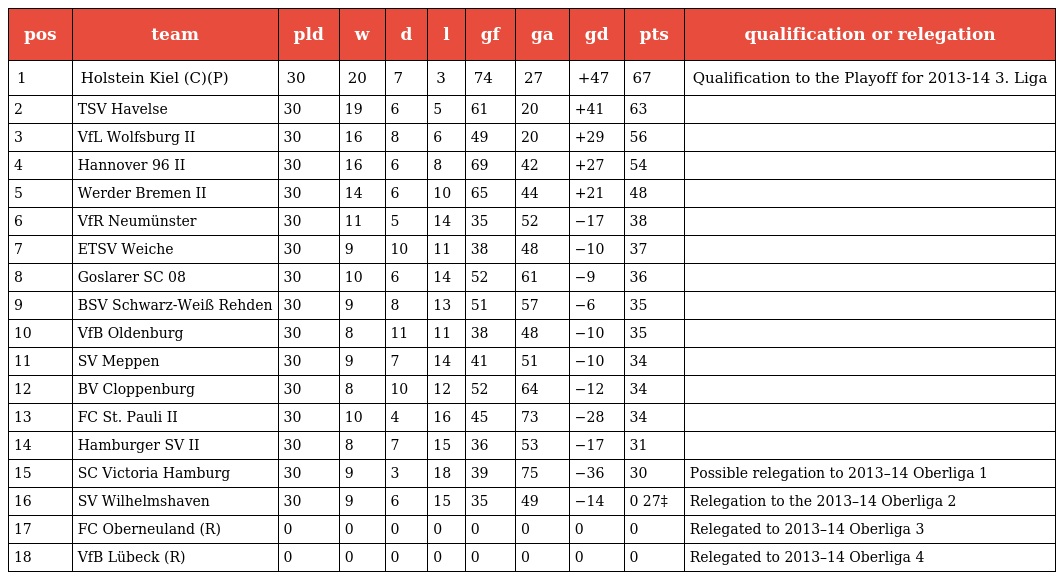
| pos | team | pld | w | d | l | gf | ga | gd | pts | qualification or relegation |
 | --- | --- | --- | --- | --- | --- | --- | --- | --- | --- | --- |
 | 1 | Holstein Kiel (C)(P) | 30 | 20 | 7 | 3 | 74 | 27 | +47 | 67 | Qualification to the Playoff for 2013-14 3. Liga |
 | 2 | TSV Havelse | 30 | 19 | 6 | 5 | 61 | 20 | +41 | 63 |  |
 | 3 | VfL Wolfsburg II | 30 | 16 | 8 | 6 | 49 | 20 | +29 | 56 |  |
 | 4 | Hannover 96 II | 30 | 16 | 6 | 8 | 69 | 42 | +27 | 54 |  |
 | 5 | Werder Bremen II | 30 | 14 | 6 | 10 | 65 | 44 | +21 | 48 |  |
 | 6 | VfR Neumünster | 30 | 11 | 5 | 14 | 35 | 52 | −17 | 38 |  |
 | 7 | ETSV Weiche | 30 | 9 | 10 | 11 | 38 | 48 | −10 | 37 |  |
 | 8 | Goslarer SC 08 | 30 | 10 | 6 | 14 | 52 | 61 | −9 | 36 |  |
 | 9 | BSV Schwarz-Weiß Rehden | 30 | 9 | 8 | 13 | 51 | 57 | −6 | 35 |  |
 | 10 | VfB Oldenburg | 30 | 8 | 11 | 11 | 38 | 48 | −10 | 35 |  |
 | 11 | SV Meppen | 30 | 9 | 7 | 14 | 41 | 51 | −10 | 34 |  |
 | 12 | BV Cloppenburg | 30 | 8 | 10 | 12 | 52 | 64 | −12 | 34 |  |
 | 13 | FC St. Pauli II | 30 | 10 | 4 | 16 | 45 | 73 | −28 | 34 |  |
 | 14 | Hamburger SV II | 30 | 8 | 7 | 15 | 36 | 53 | −17 | 31 |  |
 | 15 | SC Victoria Hamburg | 30 | 9 | 3 | 18 | 39 | 75 | −36 | 30 | Possible relegation to 2013–14 Oberliga 1 |
 | 16 | SV Wilhelmshaven | 30 | 9 | 6 | 15 | 35 | 49 | −14 | 0 27‡ | Relegation to the 2013–14 Oberliga 2 |
 | 17 | FC Oberneuland (R) | 0 | 0 | 0 | 0 | 0 | 0 | 0 | 0 | Relegated to 2013–14 Oberliga 3 |
 | 18 | VfB Lübeck (R) | 0 | 0 | 0 | 0 | 0 | 0 | 0 | 0 | Relegated to 2013–14 Oberliga 4 |